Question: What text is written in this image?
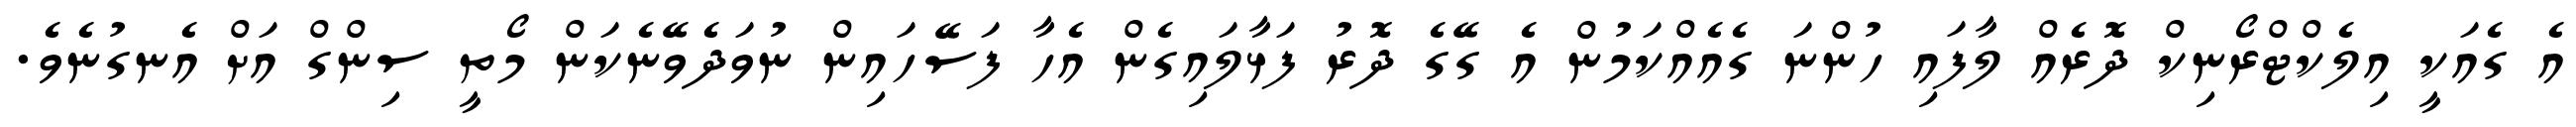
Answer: އެ ގެއަކީ އިލެކްޓްރޯނިކް ދޮރެއް ލާފައި ހުންނަ ގެއެއްކަމުން އެ ގޭގެ ދޮރު ފަޅާލައިގެން އެހާ ފަސޭހައިން ނުވަދެވޭނެކަން މޯތީ ސިންގް އަށް އެނގުނެވެ.